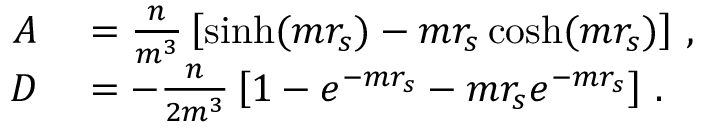
\begin{array} { r l } { A } & { { } = \frac n { m ^ { 3 } } \left[ \sinh ( m r _ { s } ) - m r _ { s } \cosh ( m r _ { s } ) \right] \, , } \\ { D } & { { } = - \frac n { 2 m ^ { 3 } } \left[ 1 - e ^ { - m r _ { s } } - m r _ { s } e ^ { - m r _ { s } } \right] \, . } \end{array}